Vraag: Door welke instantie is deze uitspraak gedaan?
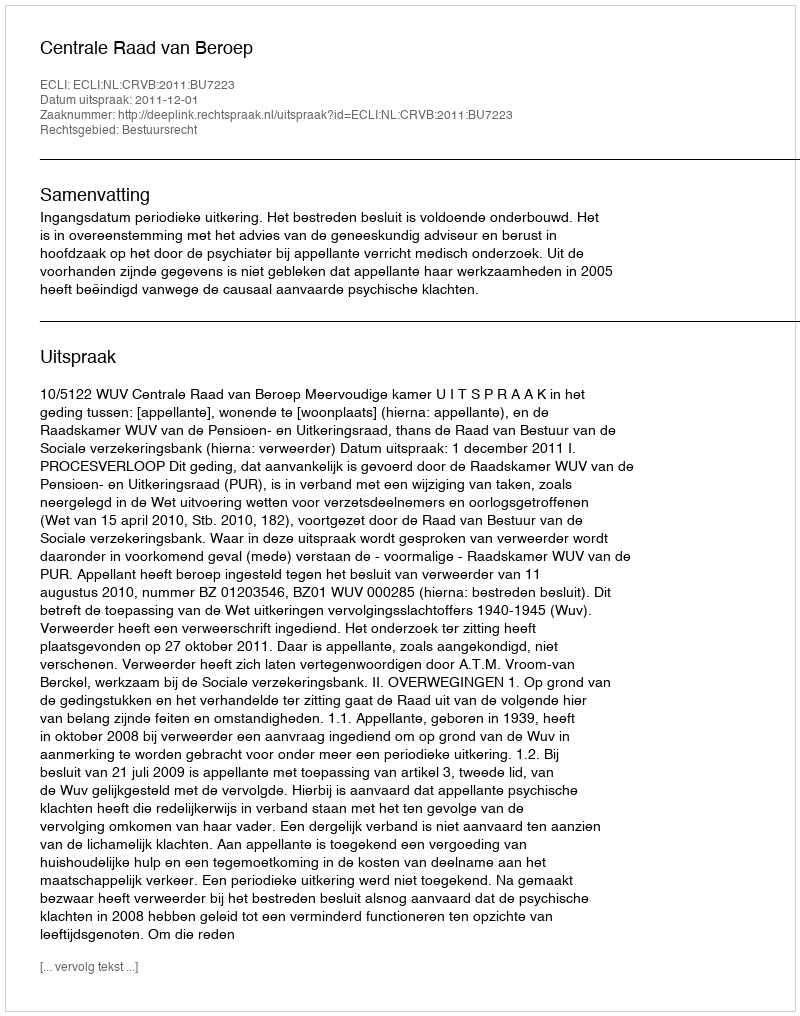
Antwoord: Centrale Raad van Beroep